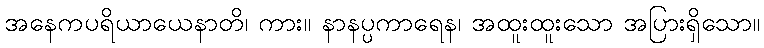
အနေကပရိယာယေနာတိ၊ ကား။ နာနပ္ပကာရေန၊ အထူးထူးသော အပြားရှိသော။